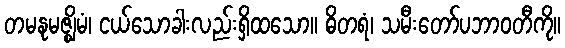
တမနုမဇ္ဈိမံ၊ ငယ်သောခါးလည်းရှိထသော။ ဓိတရံ၊ သမီးတော်ပဘာဝတီကို။